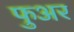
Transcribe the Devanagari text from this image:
फुअर